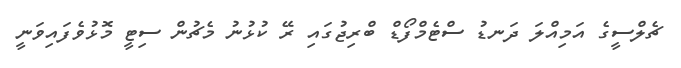
ޗެލްސީގެ އަމިއްލަ ދަނޑު ސްޓެމްފޯޑް ބްރިޖުގައި ރޭ ކުޅުނު މެޗުން ސިޓީ މޮޅުވެފައިވަނީ